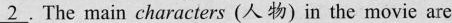
\underline{2}. The main characters (人物) in the movic are